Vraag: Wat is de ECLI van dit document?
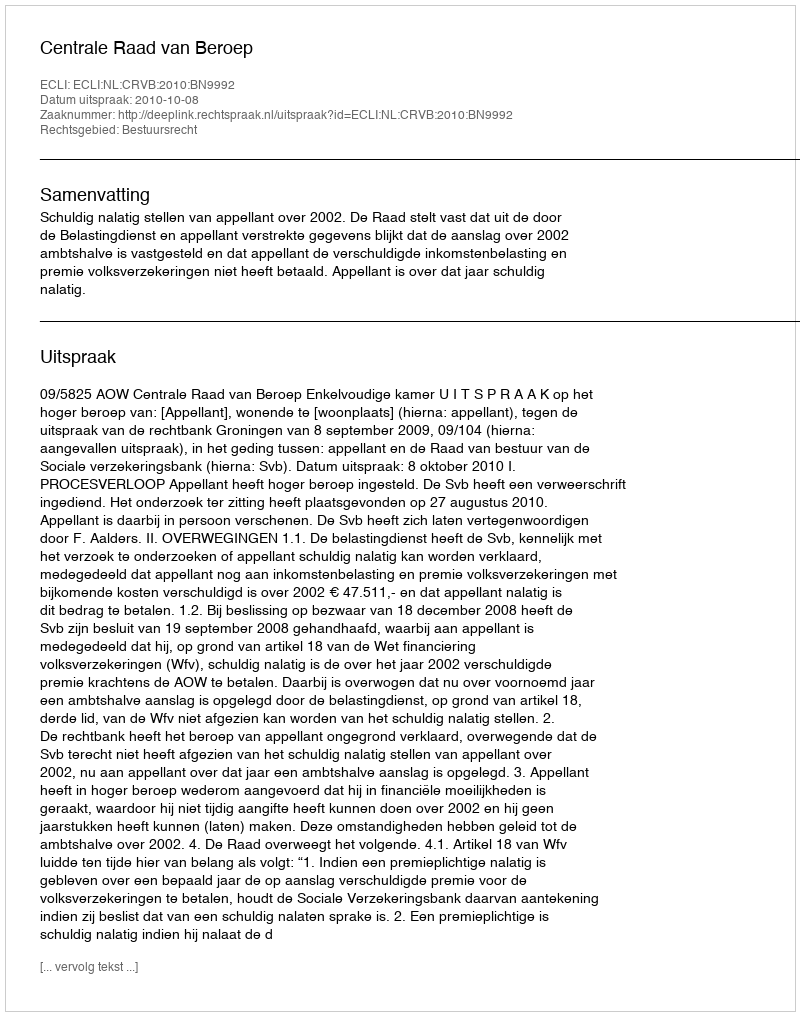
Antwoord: ECLI:NL:CRVB:2010:BN9992